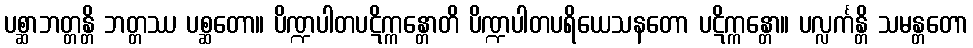
ပစ္ဆာဘတ္တန္တိ ဘတ္တဿ ပစ္ဆတော။ ပိဏ္ဍပါတပဋိက္ကန္တောတိ ပိဏ္ဍပါတပရိယေသနတော ပဋိက္ကန္တော။ ပလ္လင်္ကန္တိ သမန္တတော